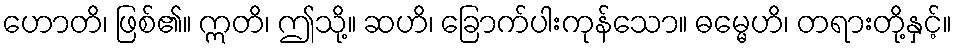
ဟောတိ၊ ဖြစ်၏။ ဣတိ၊ ဤသို့။ ဆဟိ၊ ခြောက်ပါးကုန်သော။ ဓမ္မေဟိ၊ တရားတို့နှင့်။